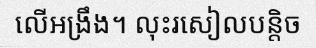
លើអង្រឹង។ លុះរសៀលបន្តិច